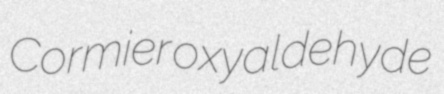
Cormier oxyaldehyde